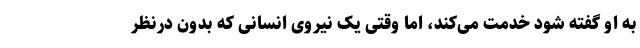
به او گفته شود خدمت می‌کند، اما وقتی یک نیروی انسانی که بدون درنظر